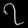
Digit: ၇